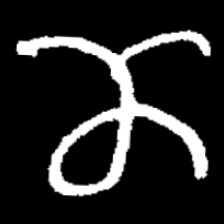
Pyu character \u2014 Myanmar letter: ဏ (romanized: nna)